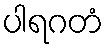
ပါရဂတံ